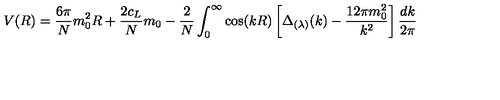
V ( R ) = \frac { 6 \pi } N m _ { 0 } ^ { 2 } R + \frac { 2 c _ { L } } N m _ { 0 } - \frac 2 N \int _ { 0 } ^ { \infty } \cos ( k R ) \left[ \Delta _ { ( \lambda ) } ( k ) - \frac { 1 2 \pi m _ { 0 } ^ { 2 } } { k ^ { 2 } } \right] \frac { d k } { 2 \pi }